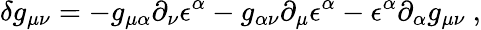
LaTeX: \delta g_{\mu\nu}=-g_{\mu\alpha}\partial_{\nu}\epsilon^{\alpha}-g_{\alpha\nu}\partial_{\mu}\epsilon^{\alpha}-\epsilon^{\alpha}\partial_{\alpha}g_{\mu\nu}\ ,